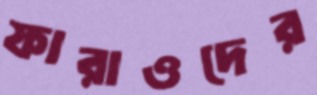
ফারাওদের